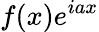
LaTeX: f(x)e^{iax}